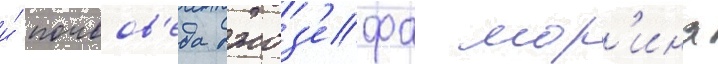
и́ почвов'еда джоз'ефа мор'ина